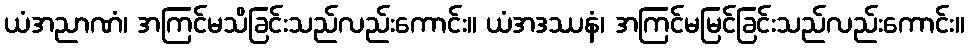
ယံအညာဏံ၊ အကြင်မသိခြင်းသည်လည်းကောင်း။ ယံအဒဿနံ၊ အကြင်မမြင်ခြင်းသည်လည်းကောင်း။